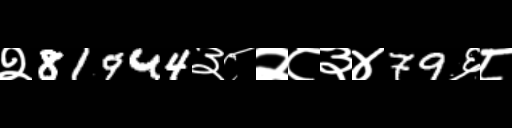
Text: २81944३८२८३४79६८